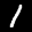
Label: 1